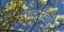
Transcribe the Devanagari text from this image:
मोटर्सची